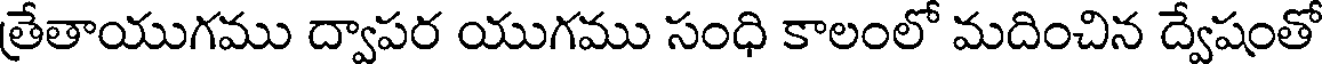
త్రేతాయుగము ద్వాపర యుగము సంధి కాలంలో మదించిన ద్వేషంతో